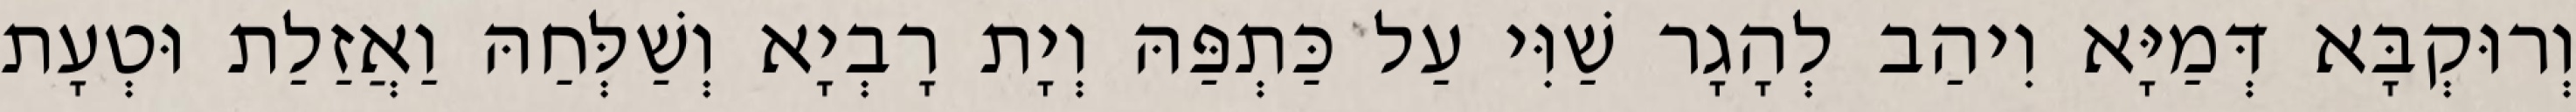
וְרוּקְבָּא דְּמַיָּא וִיהַב לְהָגָר שַׁוִּי עַל כַּתְפַּהּ וְיָת רָבְיָא וְשַׁלְּחַהּ וַאֲזַלַת וּטְעָת